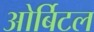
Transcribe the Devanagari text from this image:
ओर्बिटल